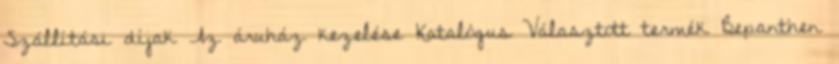
Szállítási díjak Az áruház kezelése Katalógus Választott termék Bepanthen